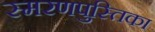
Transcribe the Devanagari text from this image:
स्मरणपुस्तिका